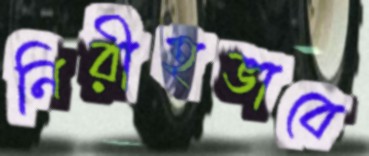
নিরীহভাবে